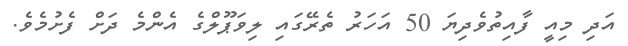
އަދި މިއީ ފާއިތުވެދިޔަ 50 އަހަރު ތެރޭގައި ލިވަޕޫލްގެ އެންމެ ދަށް ފެށުމެވެ.